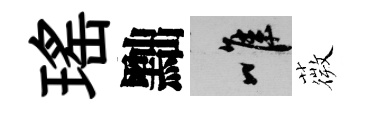
瑤黜唯薇